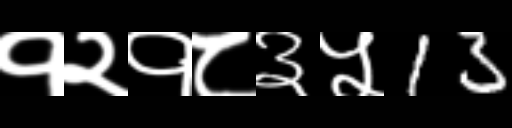
Text: १२१८३५13